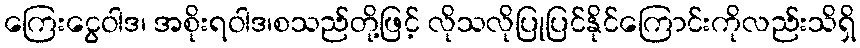
ကြေးငွေဝါဒ၊ အစိုးရဝါဒ၊စသည်တို့ဖြင့် လိုသလိုပြုပြင်နိုင်ကြောင်းကိုလည်းသိရှိ